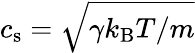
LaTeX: c_{\mathrm{s}}=\sqrt{\gamma k_{\mathrm{B}}T/m}